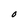
Character: O